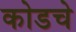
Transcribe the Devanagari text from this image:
कोडचे